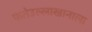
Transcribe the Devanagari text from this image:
फतेउल्लाखानाला